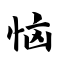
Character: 恼